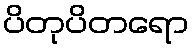
ပိတုပိတရော